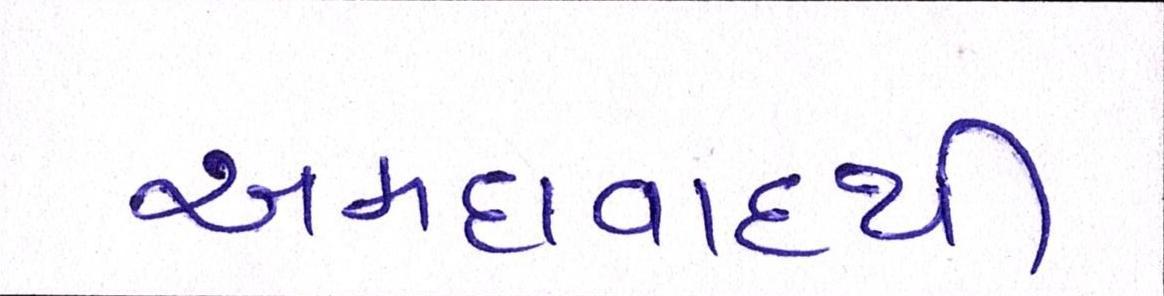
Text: અમદાવાદથી